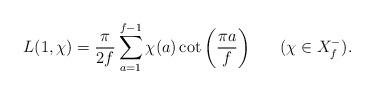
LaTeX: \begin{align*}L(1,\chi)=\frac{\pi}{2f}\sum_{a=1}^{f-1}\chi (a)\cot\left (\frac{\pi a}{f}\right )\ \ \ \ \ (\chi\in X_f^-).\end{align*}